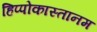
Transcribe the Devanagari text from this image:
हिप्पोकास्तानम